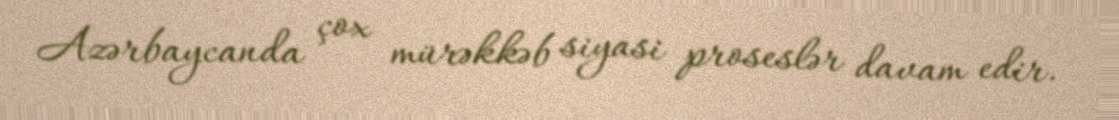
Azərbaycanda çox mürəkkəb siyasi proseslər davam edir.